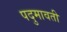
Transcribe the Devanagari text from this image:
पदुमावती